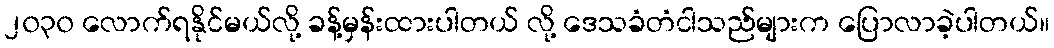
၂၀၃၀ လောက်ရနိုင်မယ်လို့ ခန့်မှန်းထားပါတယ် လို့ ဒေသခံတံငါသည်များက ပြောလာခဲ့ပါတယ်။